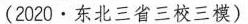
2020·东北三省三校三模)